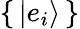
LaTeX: \{ \, |e_{i}\rangle\, \}